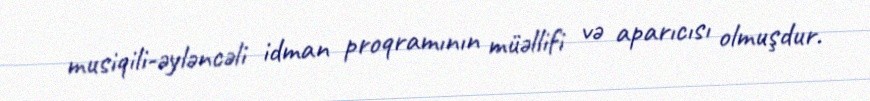
musiqili-əyləncəli idman proqramının müəllifi və aparıcısı olmuşdur.